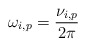
\begin{align*} \omega_{i,p}=\frac{\nu_{i,p}}{2\pi} \end{align*}